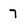
Character: 7